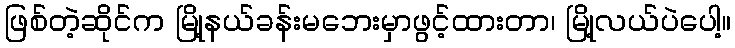
ဖြစ်တဲ့ဆိုင်က မြို့နယ်ခန်းမဘေးမှာဖွင့်ထားတာ၊ မြို့လယ်ပဲပေါ့။